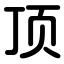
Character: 顶